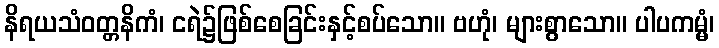
နိရယသံဝတ္တနိကံ၊ ငရဲ၌ဖြစ်စေခြင်းနှင့်စပ်သော။ ဗဟုံ၊ များစွာသော။ ပါပကမ္မံ၊